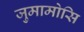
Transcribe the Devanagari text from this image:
जुमामोसि